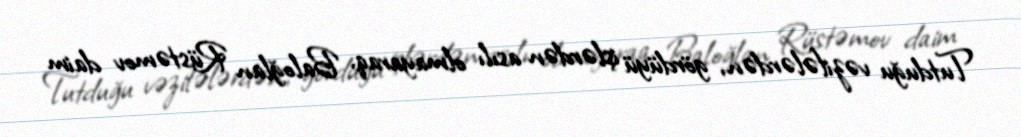
Tutduğu vəzifələrdən, gördüyü işlərdən asılı olmayaraq, Baloğlan Rüstəmov daim